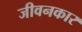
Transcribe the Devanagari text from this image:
जीवनकार